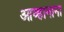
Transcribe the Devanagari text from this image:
आव्हानाना